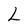
Character: L